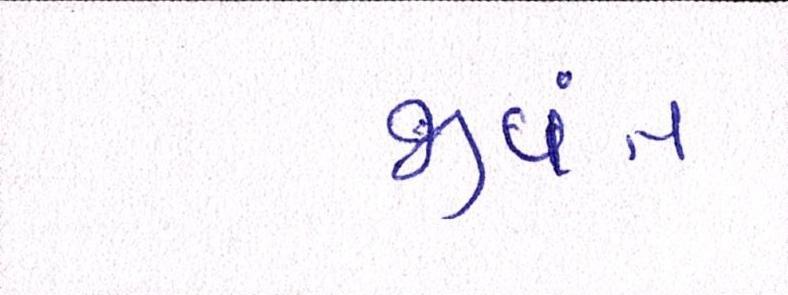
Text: જીવંત